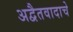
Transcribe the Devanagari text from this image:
अद्वैतवादाचे